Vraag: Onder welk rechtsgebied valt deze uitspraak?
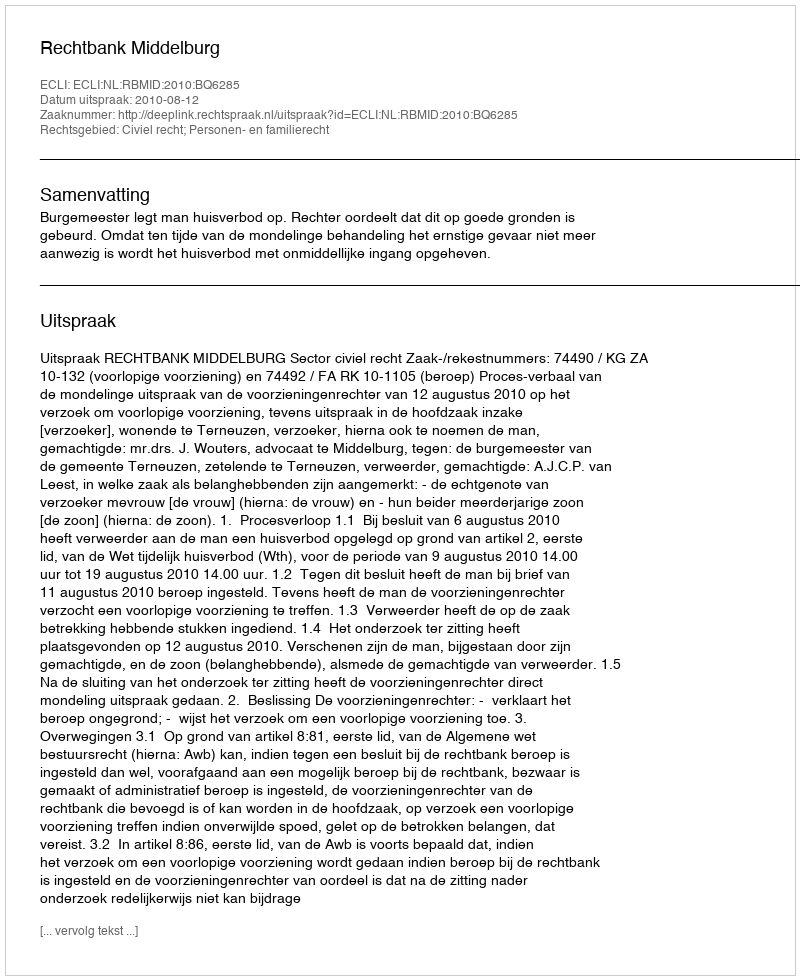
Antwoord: Civiel recht; Personen- en familierecht